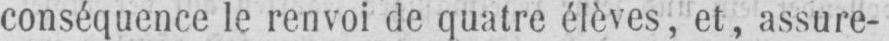
conséquence le renvoi de quatre élèves, et, assure-